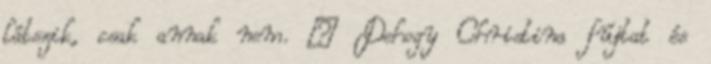
látszik, csak annak nem. – Dehogy Christina fújtat és